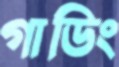
গাডিং